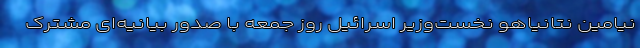
نیامین نتانیاهو نخست‌وزیر اسرائیل روز جمعه با صدور بیانیه‌ای مشترک